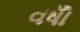
વષોઁ